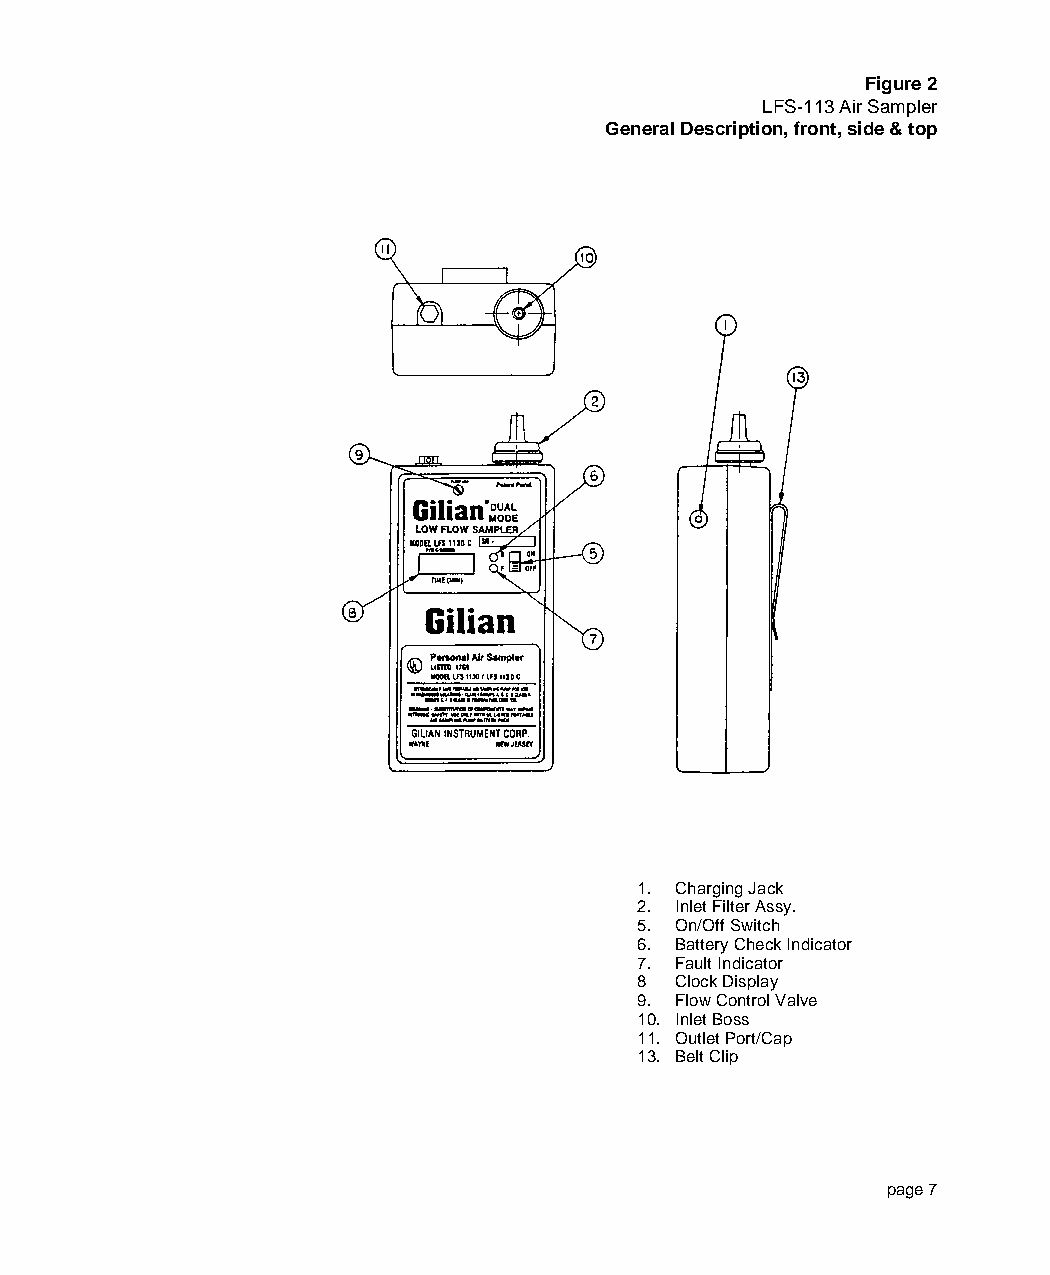
scheduled to be used for long periods of time, (more than 2 months), it is recommended that the                         Figure 2
 following procedure be followed on a periodic basis.                                                             LFS-113 Air Sampler
 a) Run pumps until they shut down on low battery.                                                    General Description, front, side & top
 b) Recharge the battery overnight (16) hours and return the pumps into storage.
 5.2 Replacing the Battery: (refer to figure 7)
 Place the sampler face down on a soft, level surface. Remove the four corner case screws.
 Supporting the pump by the front half, turn the sampler face up. Remove the top half to reveal
 the internal mechanism.Disengage the Battery Connector from the receptacle located on the
 Control Board (13 or 14). Lift the battery pack (9) from the base of the case. To install a new
 battery, reverse this procedure.NOTE:The connector is polarized and can only be properly
 installed in one direction.
 5.3 Changing the Pump Filter: (refer to figures 2 and 7)
 Under normal operating conditions, the pump filter should be changed after approximately
 250 hours of operation or when needed. Failure to change the filter as it becomes dirty will
 decrease the pump's back pressure capability and performance envelope.
 Blow all dust and debris from around the Filter Housing (2). Grasp the knurled edge of the
 filter housing assembly and rotate counter-clockwise. Check the new filter housing assembly to
 make sure that the sealing "O" ring is present on the internal boss. Install the new Filter Housing
 Assembly onto the pump rotating the knurled edge clockwise.Do Not Overtighten! Check the
 filter’s performance by using the Constant Pressure Check,
 (see Section 4.2.1).
 1. Charging Jack
 2. Inlet Filter Assy.
 5. On/Off Switch
 6. Battery Check Indicator
 7. Fault Indicator
 8 Clock Display
 9. Flow Control Valve
 10. Inlet Boss
 11. Outlet Port/Cap
 13. Belt Clip
 page 14                                                                                                                  page 7